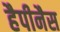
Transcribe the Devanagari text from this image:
हैपीनैस